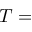
T =